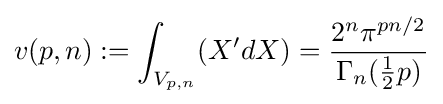
v(p,n):=\int _{V_{p,n}}(X'dX)={\frac {2^{n}\pi ^{pn/2}}{\Gamma _{n}({\tfrac {1}{2}}p)}}